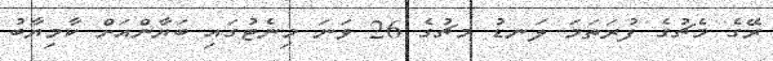
ރޭގެ މެޗުގެ ފުރަތަމަ ލަނޑު މޗުގެ 26 ވަނަ މިނެޓުގައި ބަޔާންއަށް ކާމިޔާބު